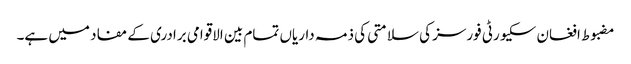
مضبوط افغان سکیورٹی فورسز کی سلامتی کی ذمہ داریاں تمام بین الاقوامی برادری کے مفاد میں ہے۔